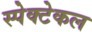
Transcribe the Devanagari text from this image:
स्पेक्टेकल